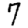
Digit: 7